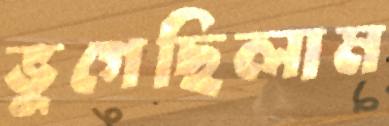
ভুগেছিলাম